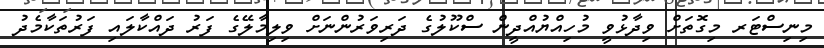
މިނިސްޓަރ މިގޮތަށް ވިދާޅުވީ މުހިއްޔުއްދީން ސްކޫލުގެ ދަރިވަރުންނަށް ވިލިމާލޭގެ ފަރު ދައްކާލައި ފަރުތަކާމެދު